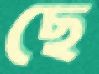
ছে